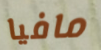
مافيا